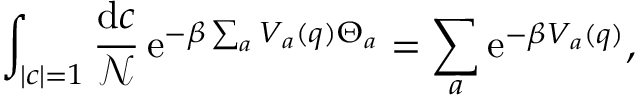
\int _ { | c | = 1 } \frac { \mathrm { d } c } { \mathcal { N } } \, \mathrm { e } ^ { - \beta \sum _ { a } V _ { a } ( q ) \Theta _ { a } } = \sum _ { a } \mathrm { e } ^ { - \beta V _ { a } ( q ) } ,